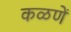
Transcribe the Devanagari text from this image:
कळणें